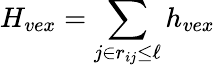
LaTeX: H_{vex}=\sum_{j\in r_{ij}\leq\ell}h_{vex}